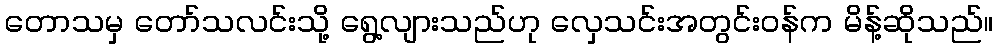
တောသမှ တော်သလင်းသို့ ရွေ့လျားသည်ဟု လှေသင်းအတွင်းဝန်က မိန့်ဆိုသည်။